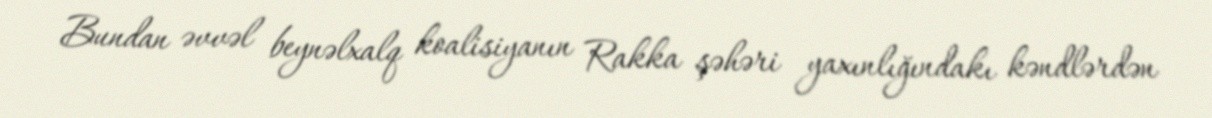
Bundan əvvəl beynəlxalq koalisiyanın Rakka şəhəri yaxınlığındakı kəndlərdən